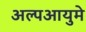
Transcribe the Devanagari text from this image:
अल्पआयुमे